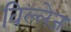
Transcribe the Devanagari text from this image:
विल्लेज